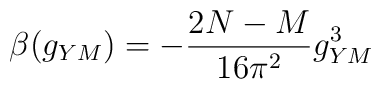
\beta (g_{YM} ) = - \frac{2N-M}{16 \pi^2} g_{YM}^{3}